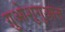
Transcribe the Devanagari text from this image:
ग़ुओशुगुआन